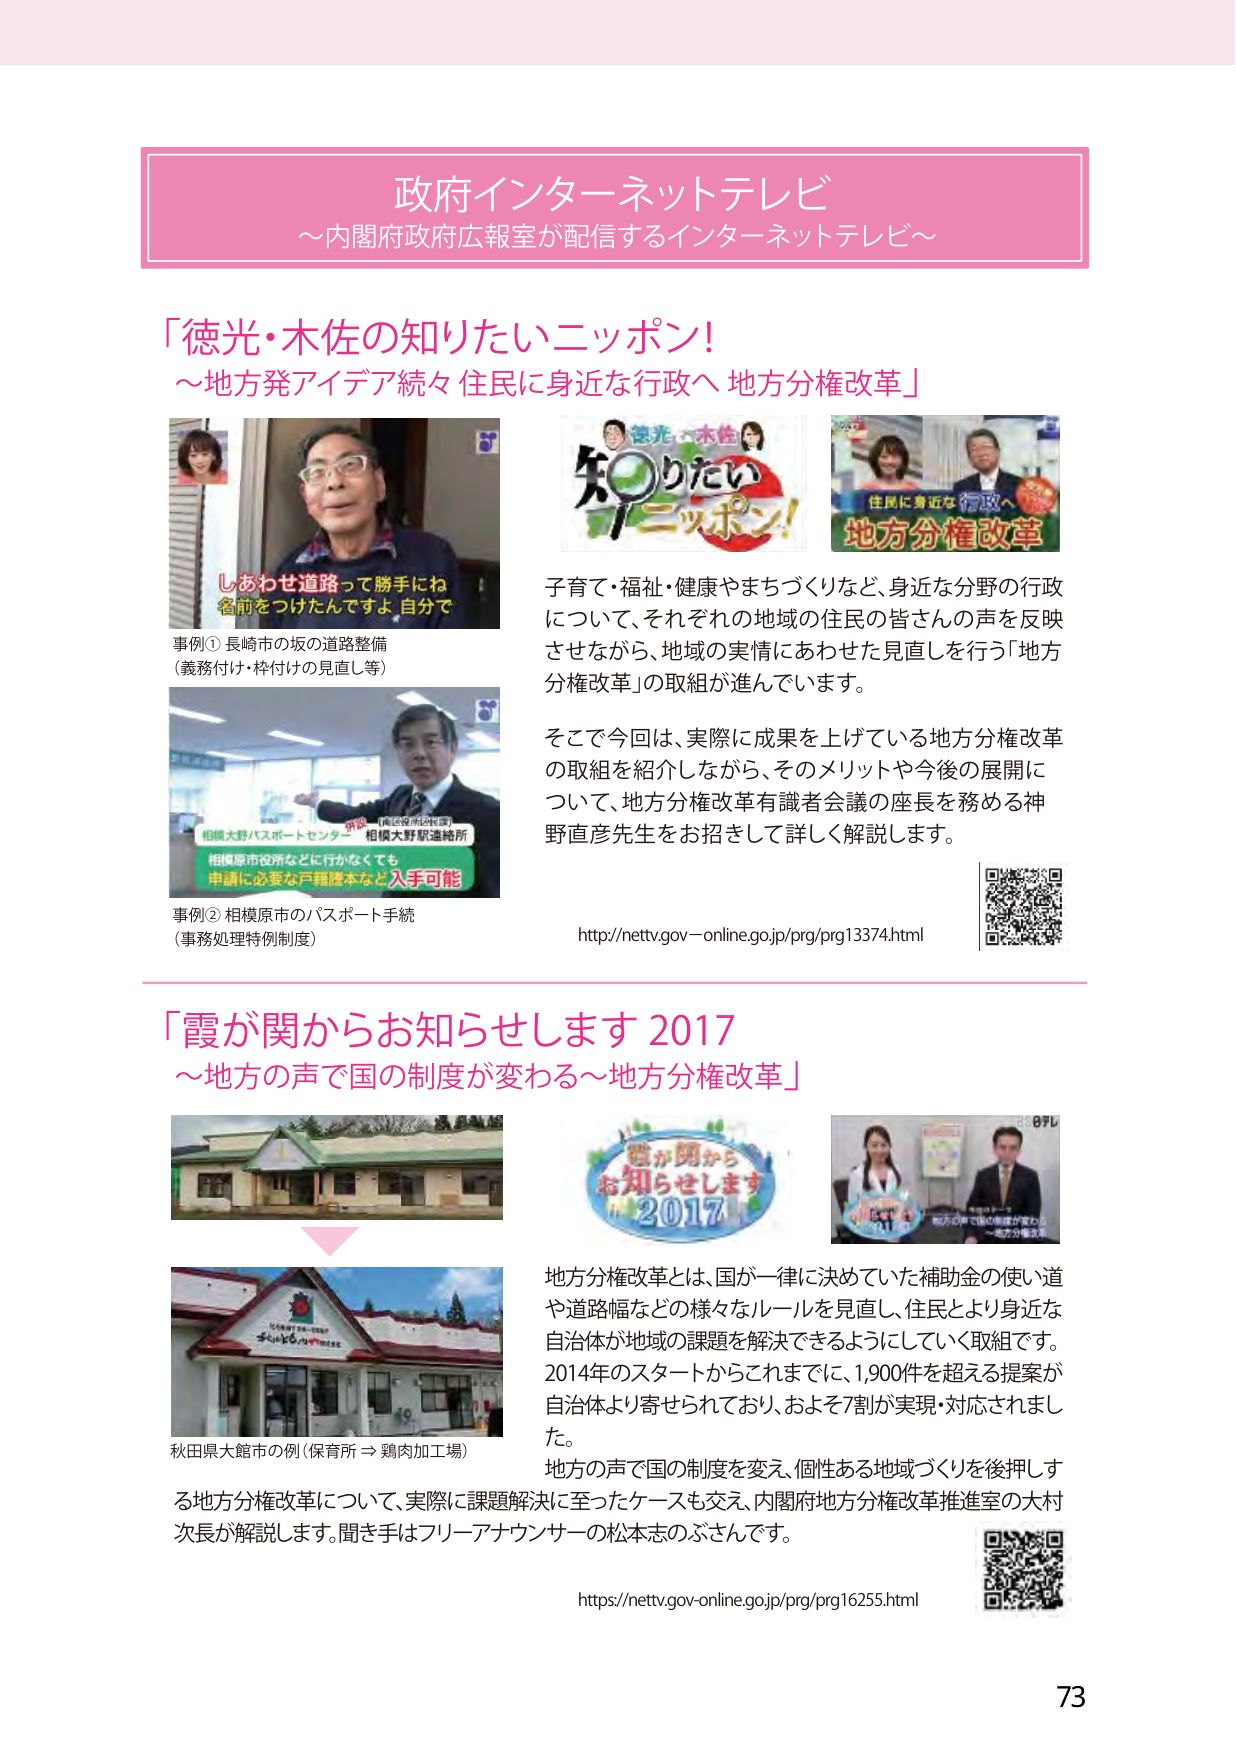
政府インターネットテレビ
～内閣府政府広報室が配信するインターネットテレビ～

「徳光・木佐の知りたいニッポン！」
～地方発アイデア続々 住民に身近な行政へ 地方分権改革～

しあわせ道路って勝手にね
名前をつけたんですよ、自分で

事例① 長崎市の坂の道路整備
（義務付け・枠付けの見直し等）

徳光・木佐
知りたい
ニッポン！

住民に身近な行政へ
地方分権改革

子育て・福祉・健康やまちづくりなど、身近な分野の行政
について、それぞれの地域の住民の皆さんの声を反映
させながら、地域の実情にあわせた見直しを行う「地方
分権改革」の取組が進んでいます。

そこで今回は、実際に成果を上げている地方分権改革
の取組を紹介しながら、そのメリットや今後の展開に
ついて、地方分権改革有識者会議の座長を務める神
野直彦先生をお招きして詳しく解説します。

http://nettv.gov-online.go.jp/prg/prg13374.html

事例② 相模原市のパスポート手続
（事務処理特例制度）

相模大野バスポートセンター
相模大野駅連絡所
相模原市役所などに行かなくても
申請に必要な戸籍謄本など入手可能

「霞が関からお知らせします 2017」
～地方の声で国の制度が変わる～地方分権改革～

霞が関から
お知らせします
2017

地方分権改革とは、国が一律に決めていた補助金の使い道
や道路幅などの様々なルールを見直し、住民とより身近な
自治体が地域の課題を解決できるようにしていく取組です。
2014年のスタートからこれまでに、1,900件を超える提案が
自治体より寄せられており、およそ7割が実現・対応されまし
た。
地方の声で国の制度を変え、個性ある地域づくりを後押しす
る地方分権改革について、実際に課題解決に至ったケースも交え、内閣府地方分権改革推進室の大村
次長が解説します。聞き手はフリーアナウンサーの松本志のぶさんです。

秋田県大館市の例（保育所 ⇒ 鶏肉加工場）

https://nettv.gov-online.go.jp/prg/prg16255.html

73